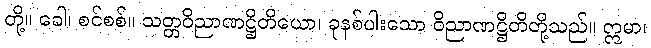
တို့။ ခေါ၊ စင်စစ်။ သတ္တဝိညာဏဋ္ဌိတိယော၊ ခုနစ်ပါးသော ဝိညာဏဋ္ဌိတိတို့သည်။ ဣမာ၊